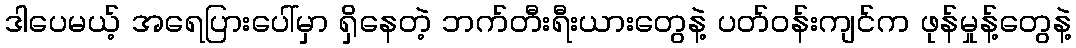
ဒါပေမယ့် အရေပြားပေါ်မှာ ရှိနေတဲ့ ဘက်တီးရီးယားတွေနဲ့ ပတ်ဝန်းကျင်က ဖုန်မှုန့်တွေနဲ့